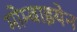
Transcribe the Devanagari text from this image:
मोम्बाइयेन